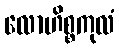
လောဟိစ္စကုလံ